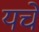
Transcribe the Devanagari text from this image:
यचे